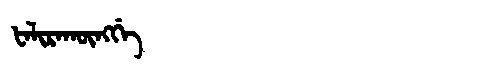
Manchu: ᡶᠠᠯᡳᡵᠠᡴᡡᠩᡤᡝ
Romanization: FALIRAKŪNGGE